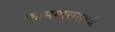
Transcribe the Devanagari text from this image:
कामगारासाठी